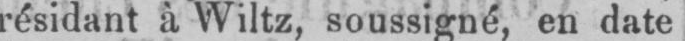
résidant à Wiltz, soussigné, en date